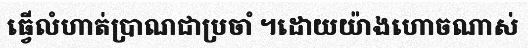
ធ្វើលំហាត់ប្រាណជាប្រចាំ ។ដោយយ៉ាងហោចណាស់